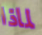
لماذا